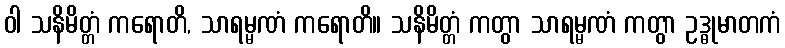
ဝါ သနိမိတ္တံ ကရောတိ, သာရမ္မဏံ ကရောတိ။ သနိမိတ္တံ ကတွာ သာရမ္မဏံ ကတွာ ဥဒ္ဓုမာတကံ